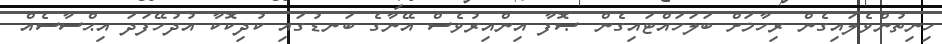
ހިނިތުންވެލައިގެން ރިހާމަށް ބަލަހައްޓައިގެން ޞޮފާ އިންއިރުވެސް އޭނާގެ ބަނޑުގައި ކުދިކޮކާ އުދުހޭފަދަ އިޙްސާސެއް